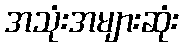
အသုံးအများဆုံး